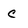
Character: C